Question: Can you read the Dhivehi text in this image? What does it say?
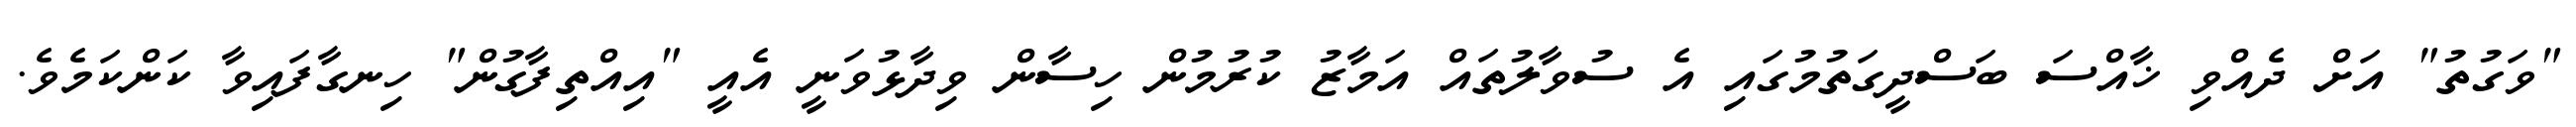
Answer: "ވަގުތު" އަށް ދެއްވި ޚާއްސަ ބަސްދީގަތުމުގައި އެ ސުވާލުތައް އަމާޒު ކުރުމުން ހިސާން ވިދާޅުވަނީ އެއީ "އިއްތިފާގުން" ހިނގާފައިވާ ކަންކަމެވެ.